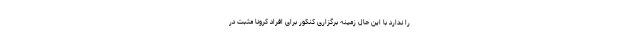
را ندارد با این حال زمینه برگزاری کنکور برای افراد کرونا مثبت در